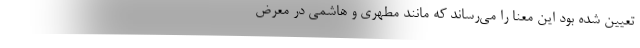
تعیین شده بود این معنا را می‌رساند که مانند مطهری و هاشمی در معرض